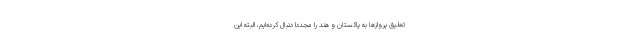
تعلیق پرواز‌ها به پاکستان و هند را مجددا دنبال کرده‌ایم، البته این